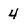
Character: 4